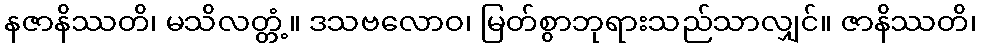
နဇာနိဿတိ၊ မသိလတ္တံ့။ ဒသဗလောဝ၊ မြတ်စွာဘုရားသည်သာလျှင်။ ဇာနိဿတိ၊